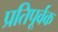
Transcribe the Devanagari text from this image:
प्रतिपूर्वक